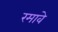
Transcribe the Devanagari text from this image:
रमावे